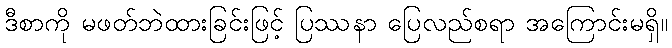
ဒီစာကို မဖတ်ဘဲထားခြင်းဖြင့် ပြဿနာ ပြေလည်စရာ အကြောင်းမရှိ။